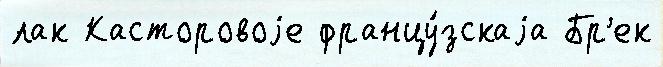
лак Касторовоjе францу́зскаjа Бр'ек